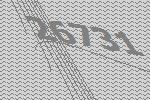
26731